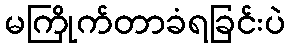
မကြိုက်တာခံရခြင်းပဲ